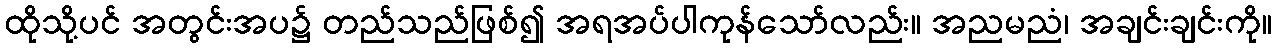
ထိုသို့ပင် အတွင်းအပ၌ တည်သည်ဖြစ်၍ အရအပ်ပါကုန်သော်လည်း။ အညမညံ၊ အချင်းချင်းကို။